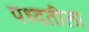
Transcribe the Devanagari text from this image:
पध्दतीला